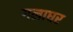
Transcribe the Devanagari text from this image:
गलाघर